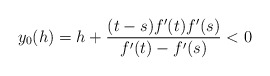
\begin{align*}y_0(h)=h+\frac{(t-s)f'(t)f'(s)}{ f'(t)-f'(s)}<0 \end{align*}